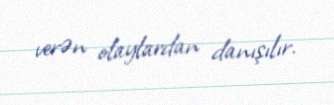
verən olaylardan danışılır.